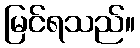
မြင်ရသည်။